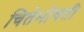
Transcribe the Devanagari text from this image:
चितेभोवती